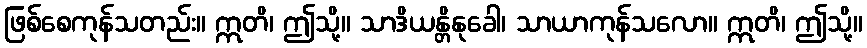
ဖြစ်စေကုန်သတည်း။ ဣတိ၊ ဤသို့။ သာဒိယန္တိနုခေါ၊ သာယာကုန်သလော။ ဣတိ၊ ဤသို့။